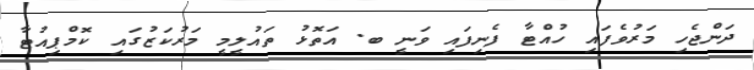
ދަންޖެހި މަރުވެފައި ހުއްޓާ ފެނިފައި ވަނީ ބ. އަތޮޅު ތައުލީމީ މަރުކަޒުގައި ކޮމްޕިއުޓާ